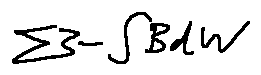
\sum 3 - \int B d V